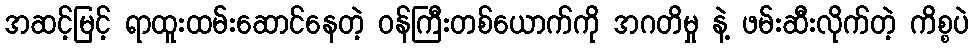
အဆင့်မြင့် ရာထူးထမ်းဆောင်နေတဲ့ ဝန်ကြီးတစ်ယောက်ကို အဂတိမှု နဲ့ ဖမ်းဆီးလိုက်တဲ့ ကိစ္စပဲ